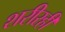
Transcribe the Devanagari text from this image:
शरीरही